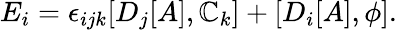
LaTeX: E_{i}=\epsilon_{ijk}[D_{j}[A],\mathbb{C}_{k}]+[D_{i}[A],\phi].